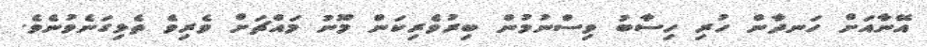
އޭނާއަށް ހަނދާން ހުރި ހިސާބު ވިސްނުމުން ބިރުވެރިކަން މޫނު މައްޗަށް ވެރިވެ ތެޅިގަނެވުނެވެ.